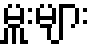
မှူးများ